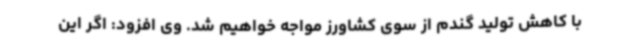
با کاهش تولید گندم از سوی کشاورز مواجه خواهیم شد. وی افزود: اگر این